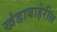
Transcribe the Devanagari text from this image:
खंडाबाहेरील